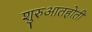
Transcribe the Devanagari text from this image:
शुरुआतहोती